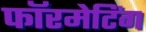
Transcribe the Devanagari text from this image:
फॉरमेटिंग